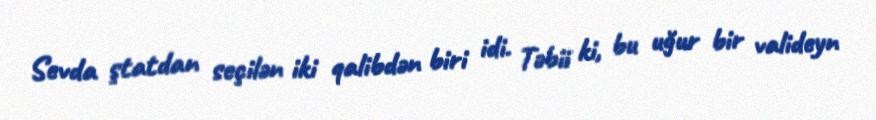
Sevda ştatdan seçilən iki qalibdən biri idi. Təbii ki, bu uğur bir valideyn